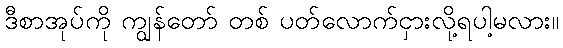
ဒီစာအုပ်ကို ကျွန်တော် တစ် ပတ်လောက်ငှားလို့ရပါ့မလား။